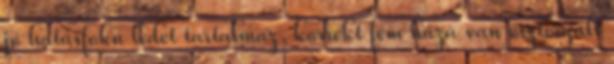
jó hatásfokú ledet tartalmaz, korrekt fém háza van esztergált